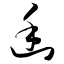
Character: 幽